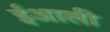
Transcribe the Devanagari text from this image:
ईआली